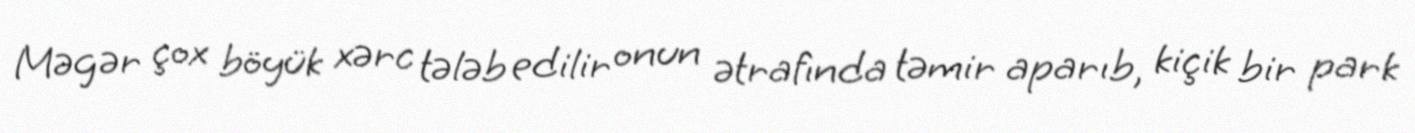
Məgər çox böyük xərc tələb edilir onun ətrafında təmir aparıb, kiçik bir park